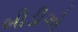
બીડીએ